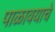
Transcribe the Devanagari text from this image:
पाळावयाचे